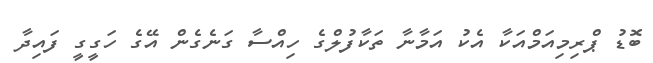
ބޮޑު ޕްރިމިއަމްއަކާ އެކު އަމާނާ ތަކާފުލްގެ ހިއްސާ ގަނެގެން އޭގެ ހަގީގީ ފައިދާ